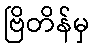
ဗြိတိန်မှ